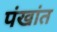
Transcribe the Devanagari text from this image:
पंखांत